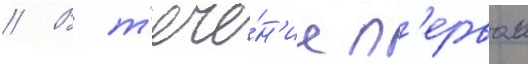
// В т'ече́н'ие п'ервои